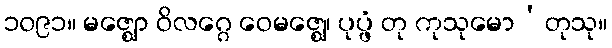
၁၀၉၁။ မဇ္ဈော ဝိလဂ္ဂေ ဝေမဇ္ဈေ၊ ပုပ္ဖံ တု ကုသုမော’တုသု။